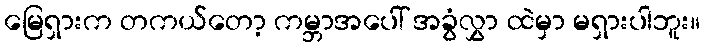
မြေရှားက တကယ်တော့ ကမ္ဘာအပေါ် အခွံလွှာ ထဲမှာ မရှားပါဘူး။